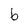
Character: b